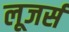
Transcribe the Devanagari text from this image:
लूजर्स